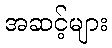
အဆင့်များ